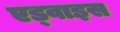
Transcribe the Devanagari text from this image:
एड्वाइस